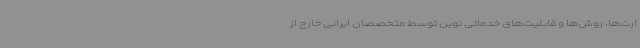
ارت‌ها، روش‌ها و قابلیت‌های خدماتی نوین توسط متخصصان ایرانی خارج از